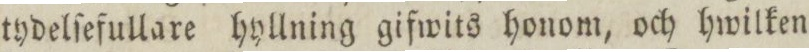
tydelſefullare hyllning gifwits honom, och hwilken